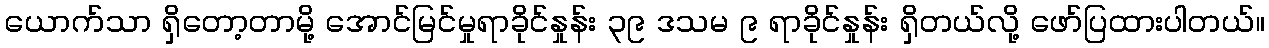
ယောက်သာ ရှိတော့တာမို့ အောင်မြင်မှုရာခိုင်နှုန်း ၃၉ ဒသမ ၉ ရာခိုင်နှုန်း ရှိတယ်လို့ ဖော်ပြထားပါတယ်။